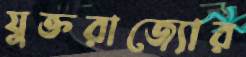
যুক্তরাজ্যোর